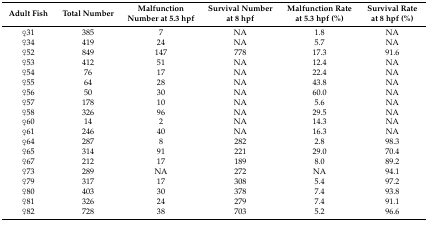
<table><thead><tr><td><b>Adult Fish</b></td><td><b>Total Number</b></td><td><b>Malfunction Number at 5.3 hpf</b></td><td><b>Survival Number at 8 hpf</b></td><td><b>Malfunction Rate at 5.3 hpf (%)</b></td><td><b>Survival Rate at 8 hpf (%)</b></td></tr></thead><tbody><tr><td>♀31</td><td>385</td><td>7</td><td>NA</td><td>1.8</td><td>NA</td></tr><tr><td>♀34</td><td>419</td><td>24</td><td>NA</td><td>5.7</td><td>NA</td></tr><tr><td>♀52</td><td>849</td><td>147</td><td>778</td><td>17.3</td><td>91.6</td></tr><tr><td>♀53</td><td>412</td><td>51</td><td>NA</td><td>12.4</td><td>NA</td></tr><tr><td>♀54</td><td>76</td><td>17</td><td>NA</td><td>22.4</td><td>NA</td></tr><tr><td>♀55</td><td>64</td><td>28</td><td>NA</td><td>43.8</td><td>NA</td></tr><tr><td>♀56</td><td>50</td><td>30</td><td>NA</td><td>60.0</td><td>NA</td></tr><tr><td>♀57</td><td>178</td><td>10</td><td>NA</td><td>5.6</td><td>NA</td></tr><tr><td>♀58</td><td>326</td><td>96</td><td>NA</td><td>29.5</td><td>NA</td></tr><tr><td>♀60</td><td>14</td><td>2</td><td>NA</td><td>14.3</td><td>NA</td></tr><tr><td>♀61</td><td>246</td><td>40</td><td>NA</td><td>16.3</td><td>NA</td></tr><tr><td>♀64</td><td>287</td><td>8</td><td>282</td><td>2.8</td><td>98.3</td></tr><tr><td>♀65</td><td>314</td><td>91</td><td>221</td><td>29.0</td><td>70.4</td></tr><tr><td>♀67</td><td>212</td><td>17</td><td>189</td><td>8.0</td><td>89.2</td></tr><tr><td>♀73</td><td>289</td><td>NA</td><td>272</td><td>NA</td><td>94.1</td></tr><tr><td>♀79</td><td>317</td><td>17</td><td>308</td><td>5.4</td><td>97.2</td></tr><tr><td>♀80</td><td>403</td><td>30</td><td>378</td><td>7.4</td><td>93.8</td></tr><tr><td>♀81</td><td>326</td><td>24</td><td>279</td><td>7.4</td><td>91.1</td></tr><tr><td>♀82</td><td>728</td><td>38</td><td>703</td><td>5.2</td><td>96.6</td></tr></tbody></table>